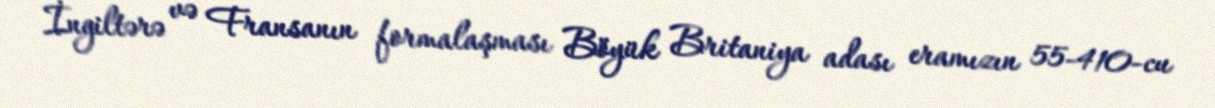
İngiltərə və Fransanın formalaşması Böyük Britaniya adası eramızın 55-410-cu